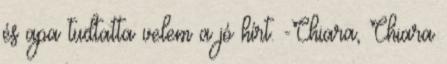
és apa tudtatta velem a jó hírt. -Chiara, Chiara